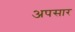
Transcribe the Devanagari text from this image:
अपसार